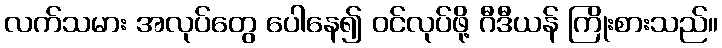
လက်သမား အလုပ်တွေ ပေါနေ၍ ဝင်လုပ်ဖို့ ဂီဒီယန် ကြိုးစားသည်။